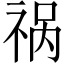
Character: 祸